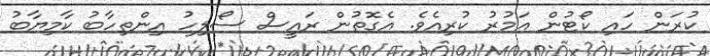
ކުރަން ހައި ކޯޓުން އަމުރު ކުރިއެވެ. އެގޮތުން ރައީސް ސޯލިހު އިންތިހާބު ކާމިޔާބު